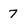
Character: 7